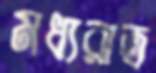
মধ্যরাত্র